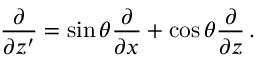
\frac { \partial } { \partial z ^ { \prime } } = \sin \theta \frac { \partial } { \partial x } + \cos \theta \frac { \partial } { \partial z } \, .